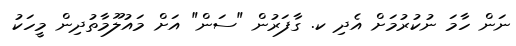
ނަން ހާމަ ނުކުރުމަށް އެދި ކ. ގާފަރުން "ސަން" އަށް މައުލޫމާތުދިން މީހަކު